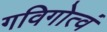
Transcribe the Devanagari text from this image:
गविगोत्वं